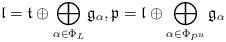
LaTeX: \begin{align*}\mathfrak{l} = \mathfrak{t} \oplus \bigoplus_{\alpha \in \Phi_L} \mathfrak{g}_{\alpha},\mathfrak{p}=\mathfrak{l}\oplus \bigoplus_{\alpha \in \Phi_{P^u}} \mathfrak{g}_{\alpha}\end{align*}